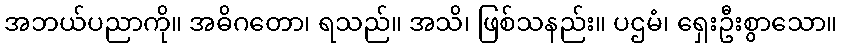
အဘယ်ပညာကို။ အဓိဂတော၊ ရသည်။ အသိ၊ ဖြစ်သနည်း။ ပဌမံ၊ ရှေးဦးစွာသော။